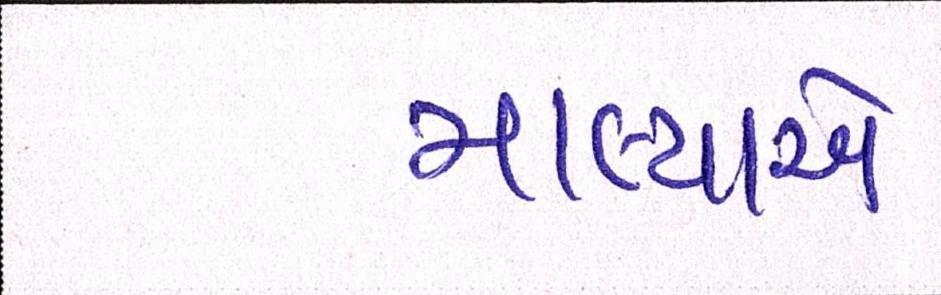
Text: માલ્યાએ